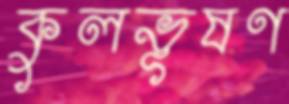
কুলভূষণ